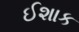
ઈશાક